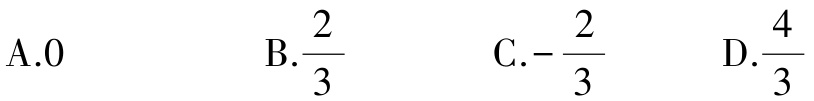
A.0

B.$\frac{2}{3}$

C.$-\frac{2}{3}$

D.$\frac{4}{3}$